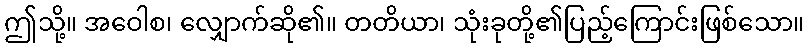
ဤသို့။ အဝေါစ၊ လျှောက်ဆို၏။ တတိယာ၊ သုံးခုတို့၏ပြည့်ကြောင်းဖြစ်သော။